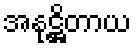
အနုဋ္ဌိတာယ